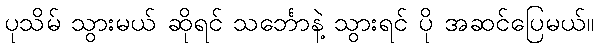
ပုသိမ် သွားမယ် ဆိုရင် သင်္ဘောနဲ့ သွားရင် ပို အဆင်ပြေမယ်။